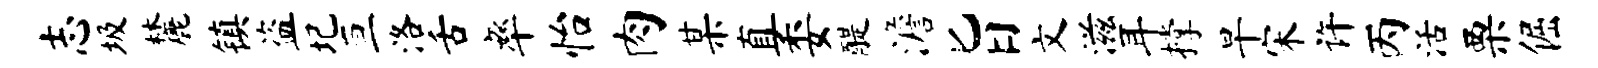
志圾麓镇盗圮亘洛舌率怡肉某直委醍澹旨文滋耳撑旱宋许丙活栗倔